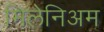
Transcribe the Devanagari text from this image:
मिलेनिअम